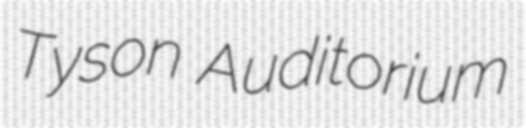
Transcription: Tyson Auditorium